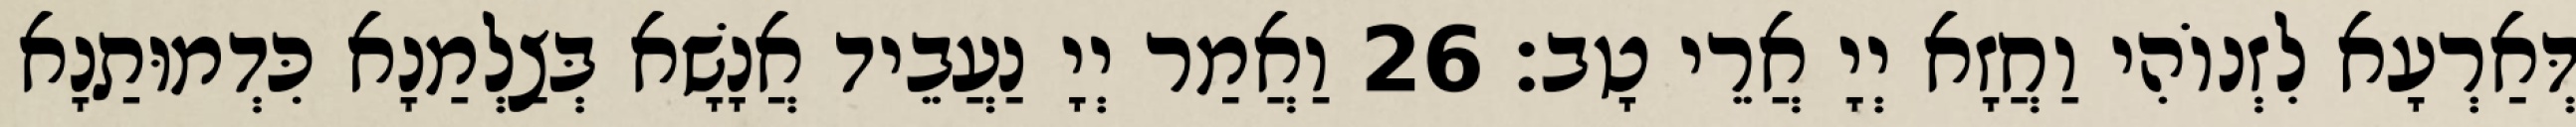
דְּאַרְעָא לִזְנוֹהִי וַחֲזָא יְיָ אֲרֵי טָב׃ 26 וַאֲמַר יְיָ נַעֲבֵיד אֲנָשָׁא בְּצַלְמַנָא כִּדְמוּתַנָא